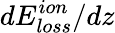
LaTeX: dE_{loss}^{ion}/dz